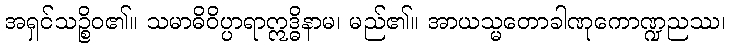
အရှင်သဉ္စိဝ၏။ သမာဓိဝိပ္ပာရာဣဒ္ဓိနာမ၊ မည်၏။ အာယသ္မတောခါဏုကောဏ္ဍညဿ၊